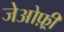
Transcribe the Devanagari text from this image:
जेओफ़्री